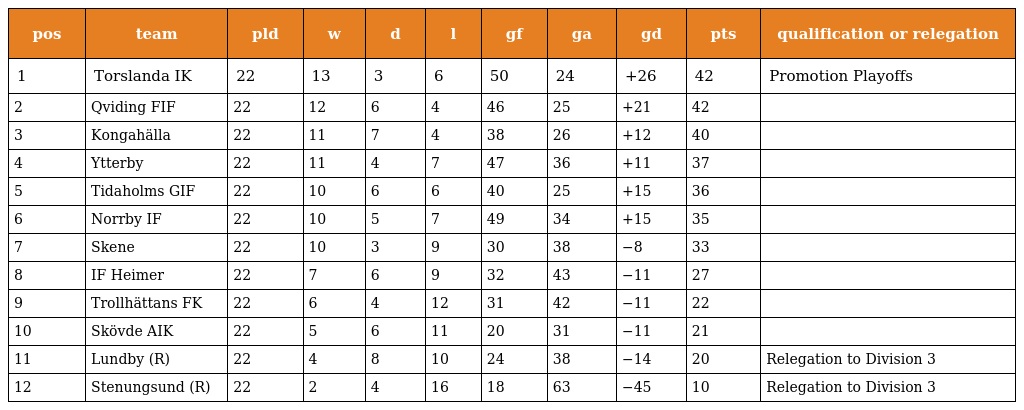
| pos | team | pld | w | d | l | gf | ga | gd | pts | qualification or relegation |
 | --- | --- | --- | --- | --- | --- | --- | --- | --- | --- | --- |
 | 1 | Torslanda IK | 22 | 13 | 3 | 6 | 50 | 24 | +26 | 42 | Promotion Playoffs |
 | 2 | Qviding FIF | 22 | 12 | 6 | 4 | 46 | 25 | +21 | 42 |  |
 | 3 | Kongahälla | 22 | 11 | 7 | 4 | 38 | 26 | +12 | 40 |  |
 | 4 | Ytterby | 22 | 11 | 4 | 7 | 47 | 36 | +11 | 37 |  |
 | 5 | Tidaholms GIF | 22 | 10 | 6 | 6 | 40 | 25 | +15 | 36 |  |
 | 6 | Norrby IF | 22 | 10 | 5 | 7 | 49 | 34 | +15 | 35 |  |
 | 7 | Skene | 22 | 10 | 3 | 9 | 30 | 38 | −8 | 33 |  |
 | 8 | IF Heimer | 22 | 7 | 6 | 9 | 32 | 43 | −11 | 27 |  |
 | 9 | Trollhättans FK | 22 | 6 | 4 | 12 | 31 | 42 | −11 | 22 |  |
 | 10 | Skövde AIK | 22 | 5 | 6 | 11 | 20 | 31 | −11 | 21 |  |
 | 11 | Lundby (R) | 22 | 4 | 8 | 10 | 24 | 38 | −14 | 20 | Relegation to Division 3 |
 | 12 | Stenungsund (R) | 22 | 2 | 4 | 16 | 18 | 63 | −45 | 10 | Relegation to Division 3 |